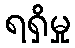
ရရှိမှု